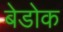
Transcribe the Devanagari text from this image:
बेडोक